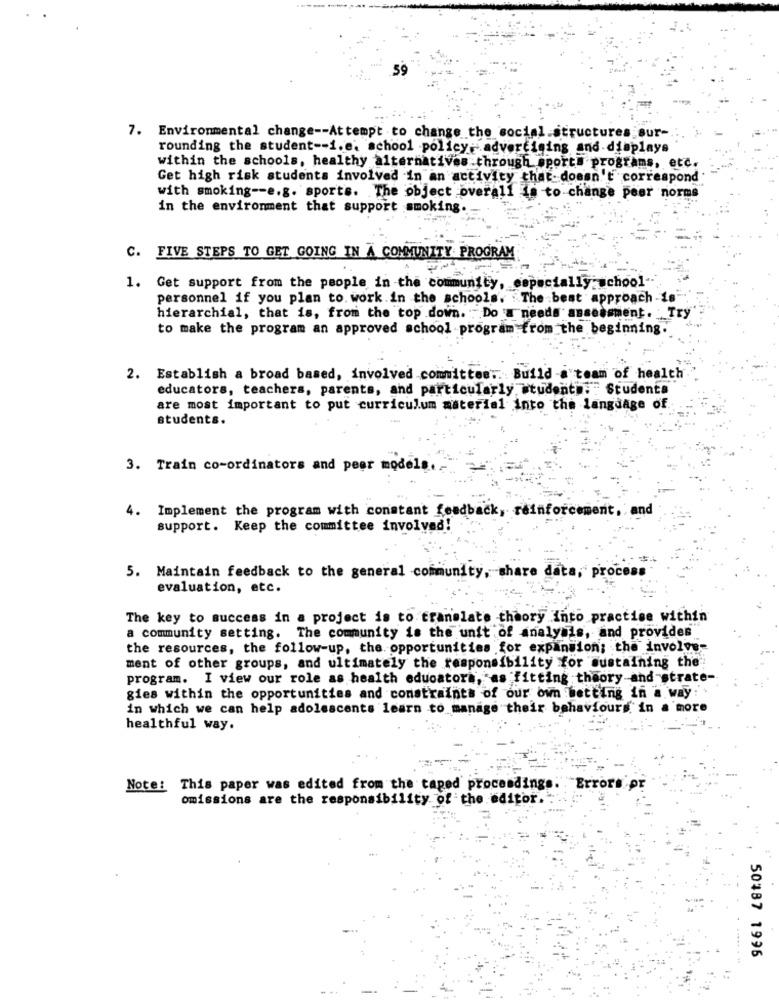
59
7. Environmental change -- Attempt to change the social.structures sur-
rounding the student -- i.e. school policy - advertising and displays
within the schools, healthy alternatives through sports programs, etc.
Get high risk students involved in an activity that. doesn't correspond
with smoking -- e.g. sports. The object overall is to change peer norms
in the environment that support smoking.
C. FIVE STEPS TO GET GOING IN A COMMUNITY PROGRAM
1. Get support from the people in the community, especially school
personnel if you plan to. work.in the schools. The best approach-1s
hierarchial, that is, from the top down. Do a needs assessment. Try
to make the program an approved school program from the beginning
2. Establish a broad based, involved committee. Build -a team of health
educators, teachers, parents, and particularly student". "Studenta
are most important to put curriculum material into the language of.
students.
3. Train co-ordinators and peer models.
4.
and
Implement the program with constant feedback, reinforcement.
support. Keep the committee involved!
5. Maintain feedback to the general community, share data, process
evaluation, etc.
The key to success in a project is to translate theory into practise within
a community setting. The community is the unit of analysis, and provides
the resources, the follow-up, the opportunities for expansion; the involve-
ment of other groups, and ultimately the responsibility for sustaining the.
program. I view our role as health educatora, as fitting theory and strate-
gies within the opportunities and constraints of our own betting in a way :.
in which we can help adolescents learn to manage their behaviours in a more
healthful way.
Note: This paper was edited from the taped proceedings. Errors pr
omissions are the responsibility of the editor.
50487 1996